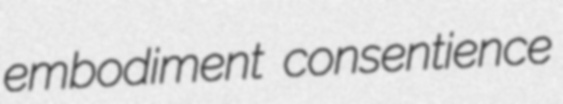
embodiment consentience